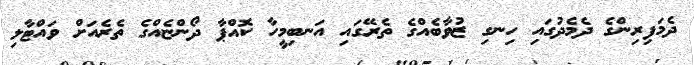
ދެމަފިރިންގެ ދެމެދުގައި ހިނގި ޒުވާބެއްގެ ތެރޭގައި އަނބިމީހާ ކޮއްޕާ ދޯންޏެއްގެ ތެރެއަށް ވައްޓާލި